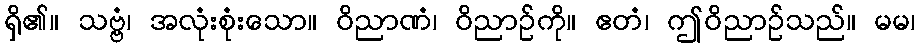
ရှိ၏။ သဗ္ဗံ၊ အလုံးစုံးသော။ ဝိညာဏံ၊ ဝိညာဉ်ကို။ ဧတံ၊ ဤဝိညာဉ်သည်။ မမ၊